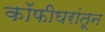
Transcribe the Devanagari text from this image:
कॉफीघरांतून